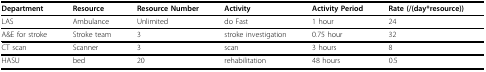
<table><thead><tr><td><b>Department</b></td><td><b>Resource</b></td><td><b>Resource Number</b></td><td><b>Activity</b></td><td><b>Activity Period</b></td><td><b>Rate (/(day*resource))</b></td></tr></thead><tbody><tr><td>LAS</td><td>Ambulance</td><td>Unlimited</td><td>do Fast</td><td>1 hour</td><td>24</td></tr><tr><td>A&amp;E for stroke</td><td>Stroke team</td><td>3</td><td>stroke investigation</td><td>0.75 hour</td><td>32</td></tr><tr><td>CT scan</td><td>Scanner</td><td>3</td><td>scan</td><td>3 hours</td><td>8</td></tr><tr><td>HASU</td><td>bed</td><td>20</td><td>rehabilitation</td><td>48 hours</td><td>0.5</td></tr></tbody></table>